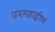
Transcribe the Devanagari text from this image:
उपमहाद्वीप्प